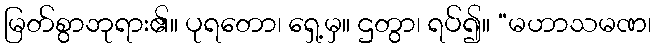
မြတ်စွာဘုရား၏။ ပုရတော၊ ရှေ့မှ။ ဌတွာ၊ ရပ်၍။ “မဟာသမဏ၊